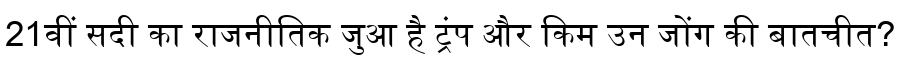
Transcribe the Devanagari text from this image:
21वीं सदी का राजनीतिक जुआ है ट्रंप और किम उन जोंग की बातचीत?